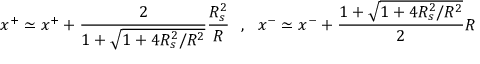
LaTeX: x ^ { + } \simeq x ^ { + } + \frac { 2 } { 1 + \sqrt { 1 + 4 R _ { s } ^ { 2 } / R ^ { 2 } } } \frac { R _ { s } ^ { 2 } } { R } \ \ , \ \ x ^ { - } \simeq x ^ { - } + \frac { 1 + \sqrt { 1 + 4 R _ { s } ^ { 2 } / R ^ { 2 } } } { 2 } R